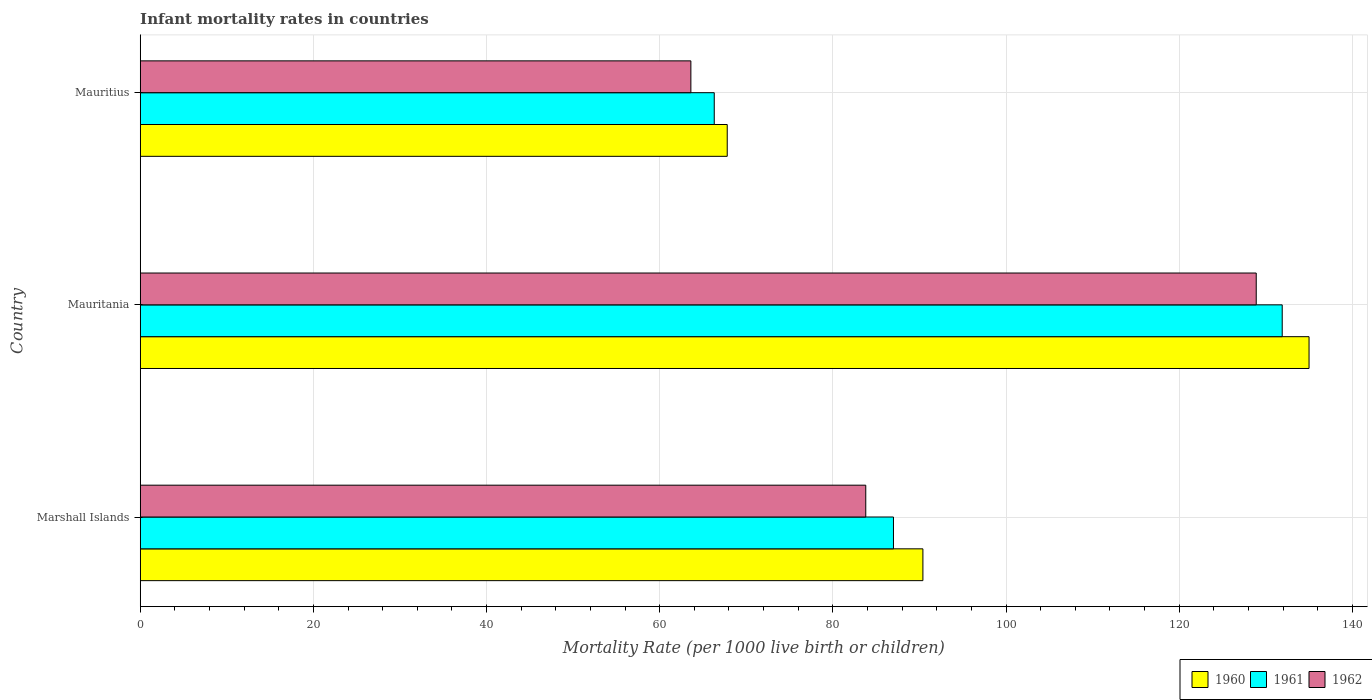
| Country | 1960 | 1961 | 1962 |
 | --- | --- | --- | --- |
 | Marshall Islands | 90.4 | 87 | 83.8 |
 | Mauritania | 135 | 132 | 129 |
 | Mauritius | 67.8 | 66.3 | 63.6 |